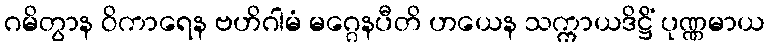
ဂမိတွာန ဝိကာရေန ဗဟိဂါမံ မဂ္ဂေနပီတိ ဟယေန သက္ကာယဒိဋ္ဌိံ ပုဏ္ဏမာယ